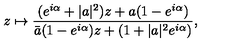
z \mapsto \frac { ( e ^ { i \alpha } + | a | ^ { 2 } ) z + a ( 1 - e ^ { i \alpha } ) } { \bar { a } ( 1 - e ^ { i \alpha } ) z + ( 1 + | a | ^ { 2 } e ^ { i \alpha } ) } ,